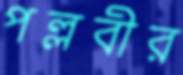
পল্লবীর